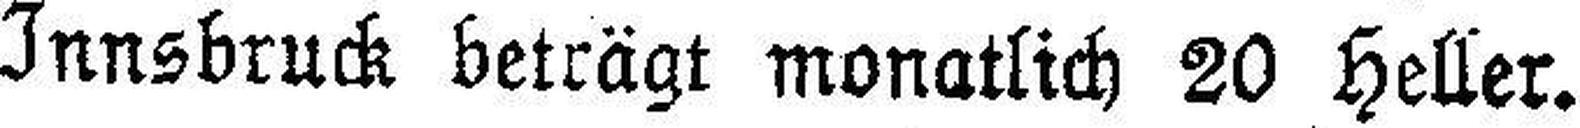
Innsbruck beträgt monatlich 20 Heller.